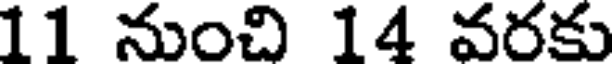
11 నుంచి 14 వరకు